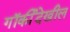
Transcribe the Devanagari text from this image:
गॉर्कीदेखील